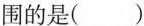
围的是()